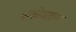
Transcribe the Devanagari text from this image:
क्रूकोव्स्कया